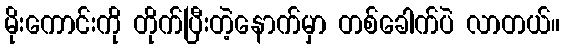
မိုးကောင်းကို တိုက်ပြီးတဲ့နောက်မှာ တစ်ခေါက်ပဲ လာတယ်။